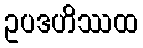
ဥပဒဟိဿထ